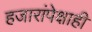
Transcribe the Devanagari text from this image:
हजारांपेक्षाही